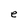
Character: e